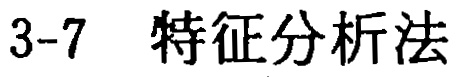
3-7 特征分析法